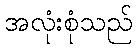
အလုံးစုံသည်